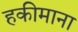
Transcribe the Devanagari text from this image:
हकीमाना